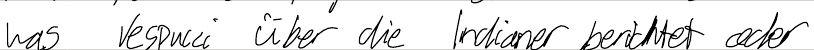
was Vespucci über die Indianer berichtet oder